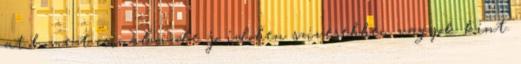
at home-t csinalni de jo idoben szivesebben vagyok kint.